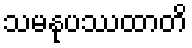
သမနုပဿထာတိ